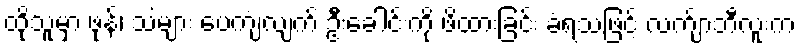
ထိုသူမှာ ဖုန်၊ သဲများ ပေကျံလျက် ဦးခေါင်းကို ဖိထားခြင်း ခံရသဖြင့် လက်ျာဘီလူးက